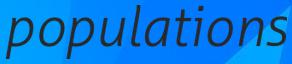
populations